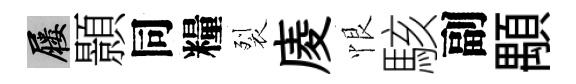
屨顥同糧裂庱恨駭副顒